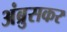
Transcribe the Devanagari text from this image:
अंब्रुसकर